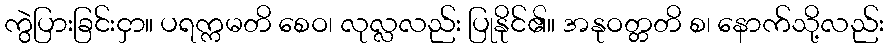
ကွဲပြားခြင်းငှာ။ ပရက္ကမတိ စေဝ၊ လုလ္လလည်း ပြုနိုင်၏။ အနုဝတ္တတိ စ၊ နောက်သို့လည်း